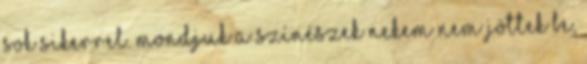
sok sikerrel. Mondjuk a színészek nekem nem jöttek be,